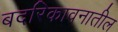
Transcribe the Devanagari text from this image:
बदरिकावनातील